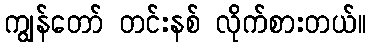
ကျွန်တော် တင်းနစ် လိုက်စားတယ်။